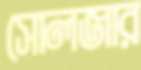
সোলজার